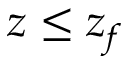
z \le z _ { f }